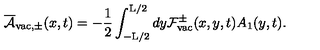
\overline { { \cal A } } _ { \mathrm { v a c } , \pm } ( x , t ) = - \frac { 1 } { 2 } \int _ { - \mathrm { L } / 2 } ^ { \mathrm { L } / 2 } d y { \cal F } _ { \mathrm { v a c } } ^ { \pm } ( x , y , t ) A _ { 1 } ( y , t ) .